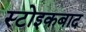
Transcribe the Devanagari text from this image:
स्टोइकबाद